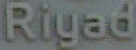
Riyad